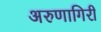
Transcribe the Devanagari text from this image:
अरुणागिरी